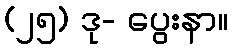
(၂၅) ဒု- ပွေးနာ။